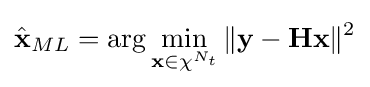
{\hat {\mathbf {x} }}_{ML}=\arg \min _{\mathbf {x} \in \chi ^{N_{t}}}\|\mathbf {y} -\mathbf {H} \mathbf {x} \|^{2}